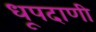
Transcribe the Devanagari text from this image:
धूपदाणी